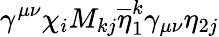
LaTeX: \gamma^{\mu\nu}\chi_{i}M_{kj}\overline{{{\eta}}}_{1}^{k}\gamma_{\mu\nu}\eta_{2j}